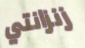
زنزانتي